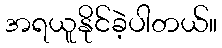
အရယူနိုင်ခဲ့ပါတယ်။